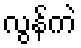
လွန်ကဲ